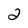
Character: 2